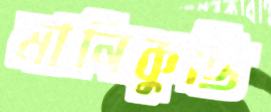
মানিকুট্টি